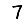
Digit: 7